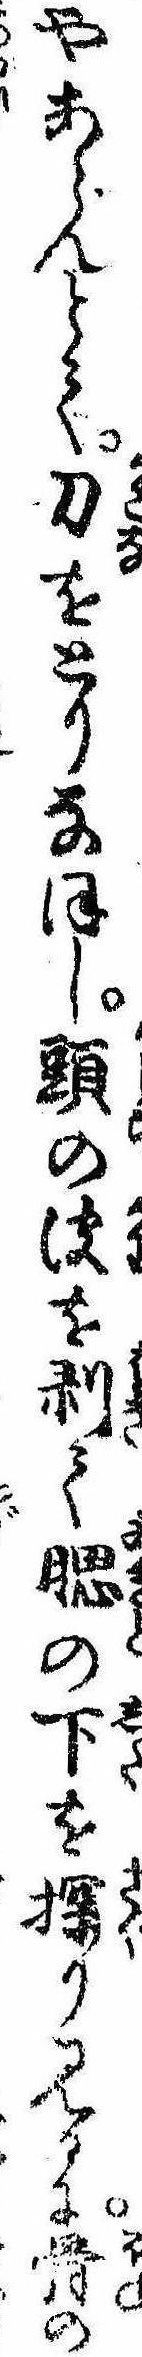
やあらんとて刀をとりなほし頭の皮を剥て腮の下を探り見るに骨の